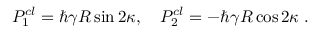
{ \cal P } _ { 1 } ^ { c l } = \hbar \gamma R \sin 2 \kappa , \quad { \cal P } _ { 2 } ^ { c l } = - \hbar \gamma R \cos 2 \kappa \; .